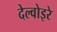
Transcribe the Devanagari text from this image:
देल्वोइरे